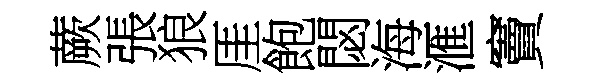
蕨張狼厓飽閟海滙竇